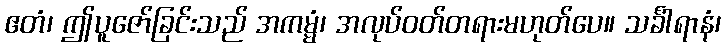
ဧတံ၊ ဤပူဇော်ခြင်းသည် အကမ္မံ၊ အလုပ်ဝတ်တရားမဟုတ်ပေ။ သင်္ခါရာနံ၊